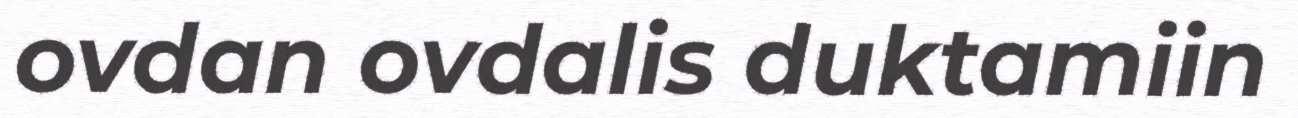
ovdan ovdalis duktamiin